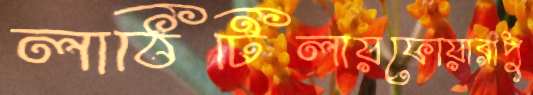
লাঠিটিলায়ফোয়ারাপু